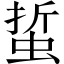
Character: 蜇